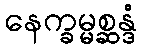
နေက္ခမ္မစ္ဆန္ဒံ